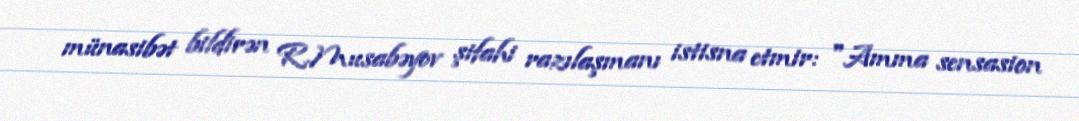
münasibət bildirən R.Musabəyov şifahi razılaşmanı istisna etmir: "Amma sensasion